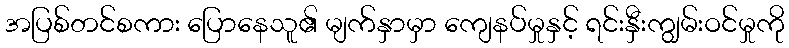
အပြစ်တင်စကား ပြောနေသူ၏ မျက်နှာမှာ ကျေနပ်မှုနှင့် ရင်းနှီးကျွမ်းဝင်မှုကို